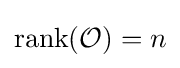
\operatorname {rank} ({\mathcal {O}})=n